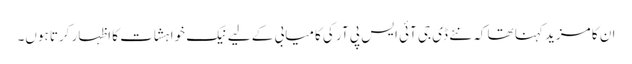
ان کا مزید کہنا تھا کہ نئے ڈی جی آئی ایس پی آر کی کامیابی کے لیے نیک خواہشات کا اظہار کرتا ہوں۔